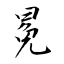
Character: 冕